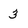
Character: 3